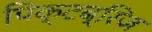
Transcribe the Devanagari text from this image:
पिक्टब्रिज